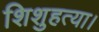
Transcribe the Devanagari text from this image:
शिशुहत्या।